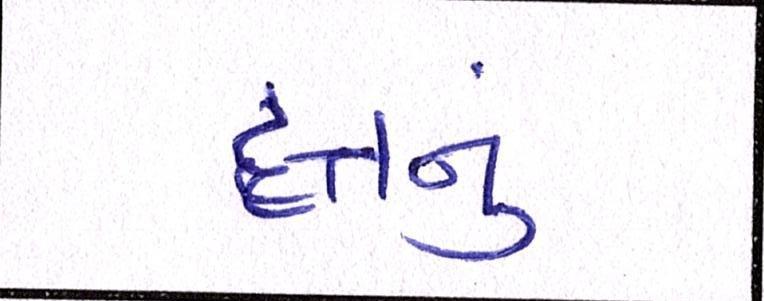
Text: દત્તનું